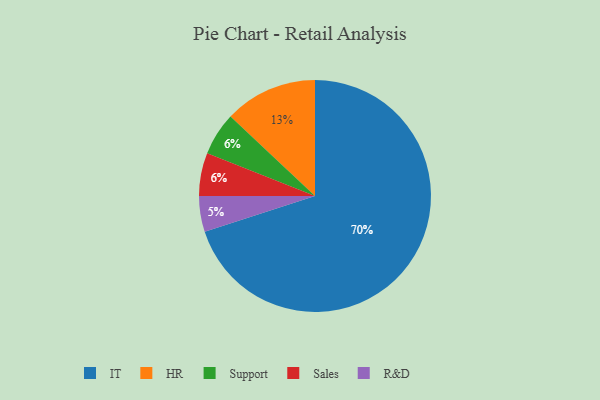
{"axis": {"x": "Category", "y": "Percentage"}, "legend": ["HR", "IT", "R&D", "Sales", "Support"], "data": [{"x": "IT", "y": 70, "type": "IT"}, {"x": "HR", "y": 13, "type": "HR"}, {"x": "Support", "y": 6, "type": "Support"}, {"x": "R&D", "y": 5, "type": "R&D"}, {"x": "Sales", "y": 6, "type": "Sales"}]}